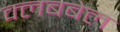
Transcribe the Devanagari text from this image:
क्लबबेल